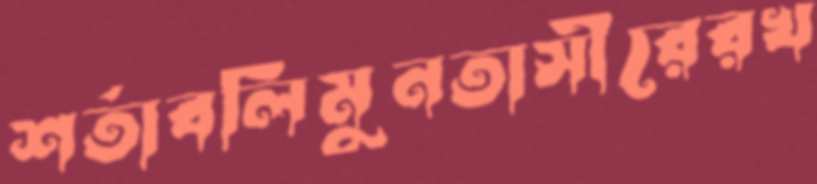
শর্তাবলিমুনতাসীরেরখ